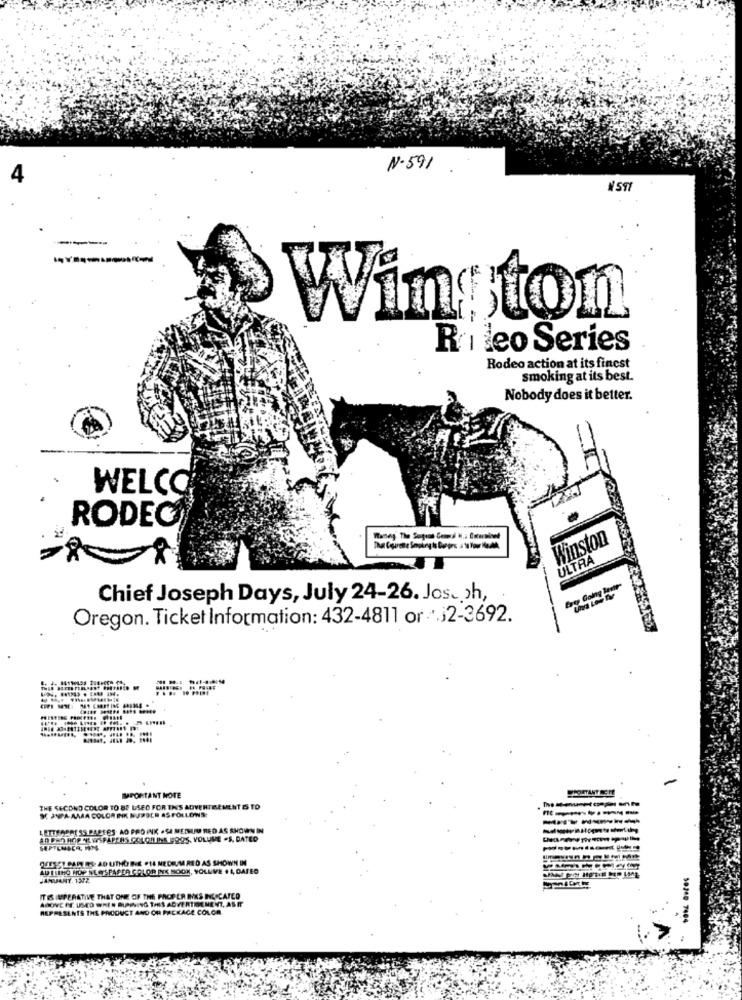
N.591
4
NST
Winston
Ri leo Series
Rodeo action at its finest
smoking at its best.
Nobody does it better.
WELCO
RODEO
Winston
ULTRA
Chief Joseph Days, July 24-26. Jos. oh,
Oregon. Ticket Information: 432-4811 or *. 32-3692.
PORTANT BEM!
IMPORTANT NOTE
THE SECOND COLOR TO BE USED FOR TIS ADVERTEMENT IS TO
------
SC JUPA-AAAA COLOR INK NURSER AS FOLLOWS:
-------
LETTERROL SS BAREES. AO PRO INK . SA MEINUM RED AS SHOWN IN
NEWSPAPERS COLONNA 99.95, VOLUME .S. DATED
SEPTEMBER, NOS.
--------
MUESST CARE AD UTHOR.E .14 MEDIUM RED AS SHOWN IN
AD LLING HOP NE @SFASER COLOR INK NOOK, YOLUVE #1, DATED
ABOVE BE USED WHEN AUPWING THIS ADVERTISEMENT, ASIT
IT&S IMPERATIVE THAT ONE OF THE PROPER INKS INLOCATED
REPRESENTS THE PAICONCT AND OR PACKAGE COLOR
50240 7404